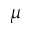
\mu